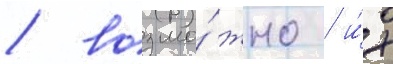
/ возмо́жно / и́х